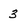
Character: 3